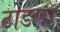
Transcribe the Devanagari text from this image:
टोडलर